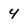
Character: 4